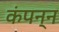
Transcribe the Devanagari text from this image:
कंपन्न